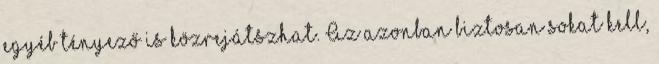
egyéb tényező is közrejátszhat. Az azonban biztosan sokat kell,